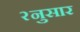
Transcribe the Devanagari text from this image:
२नुसार